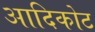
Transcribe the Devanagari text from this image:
आदिकोट